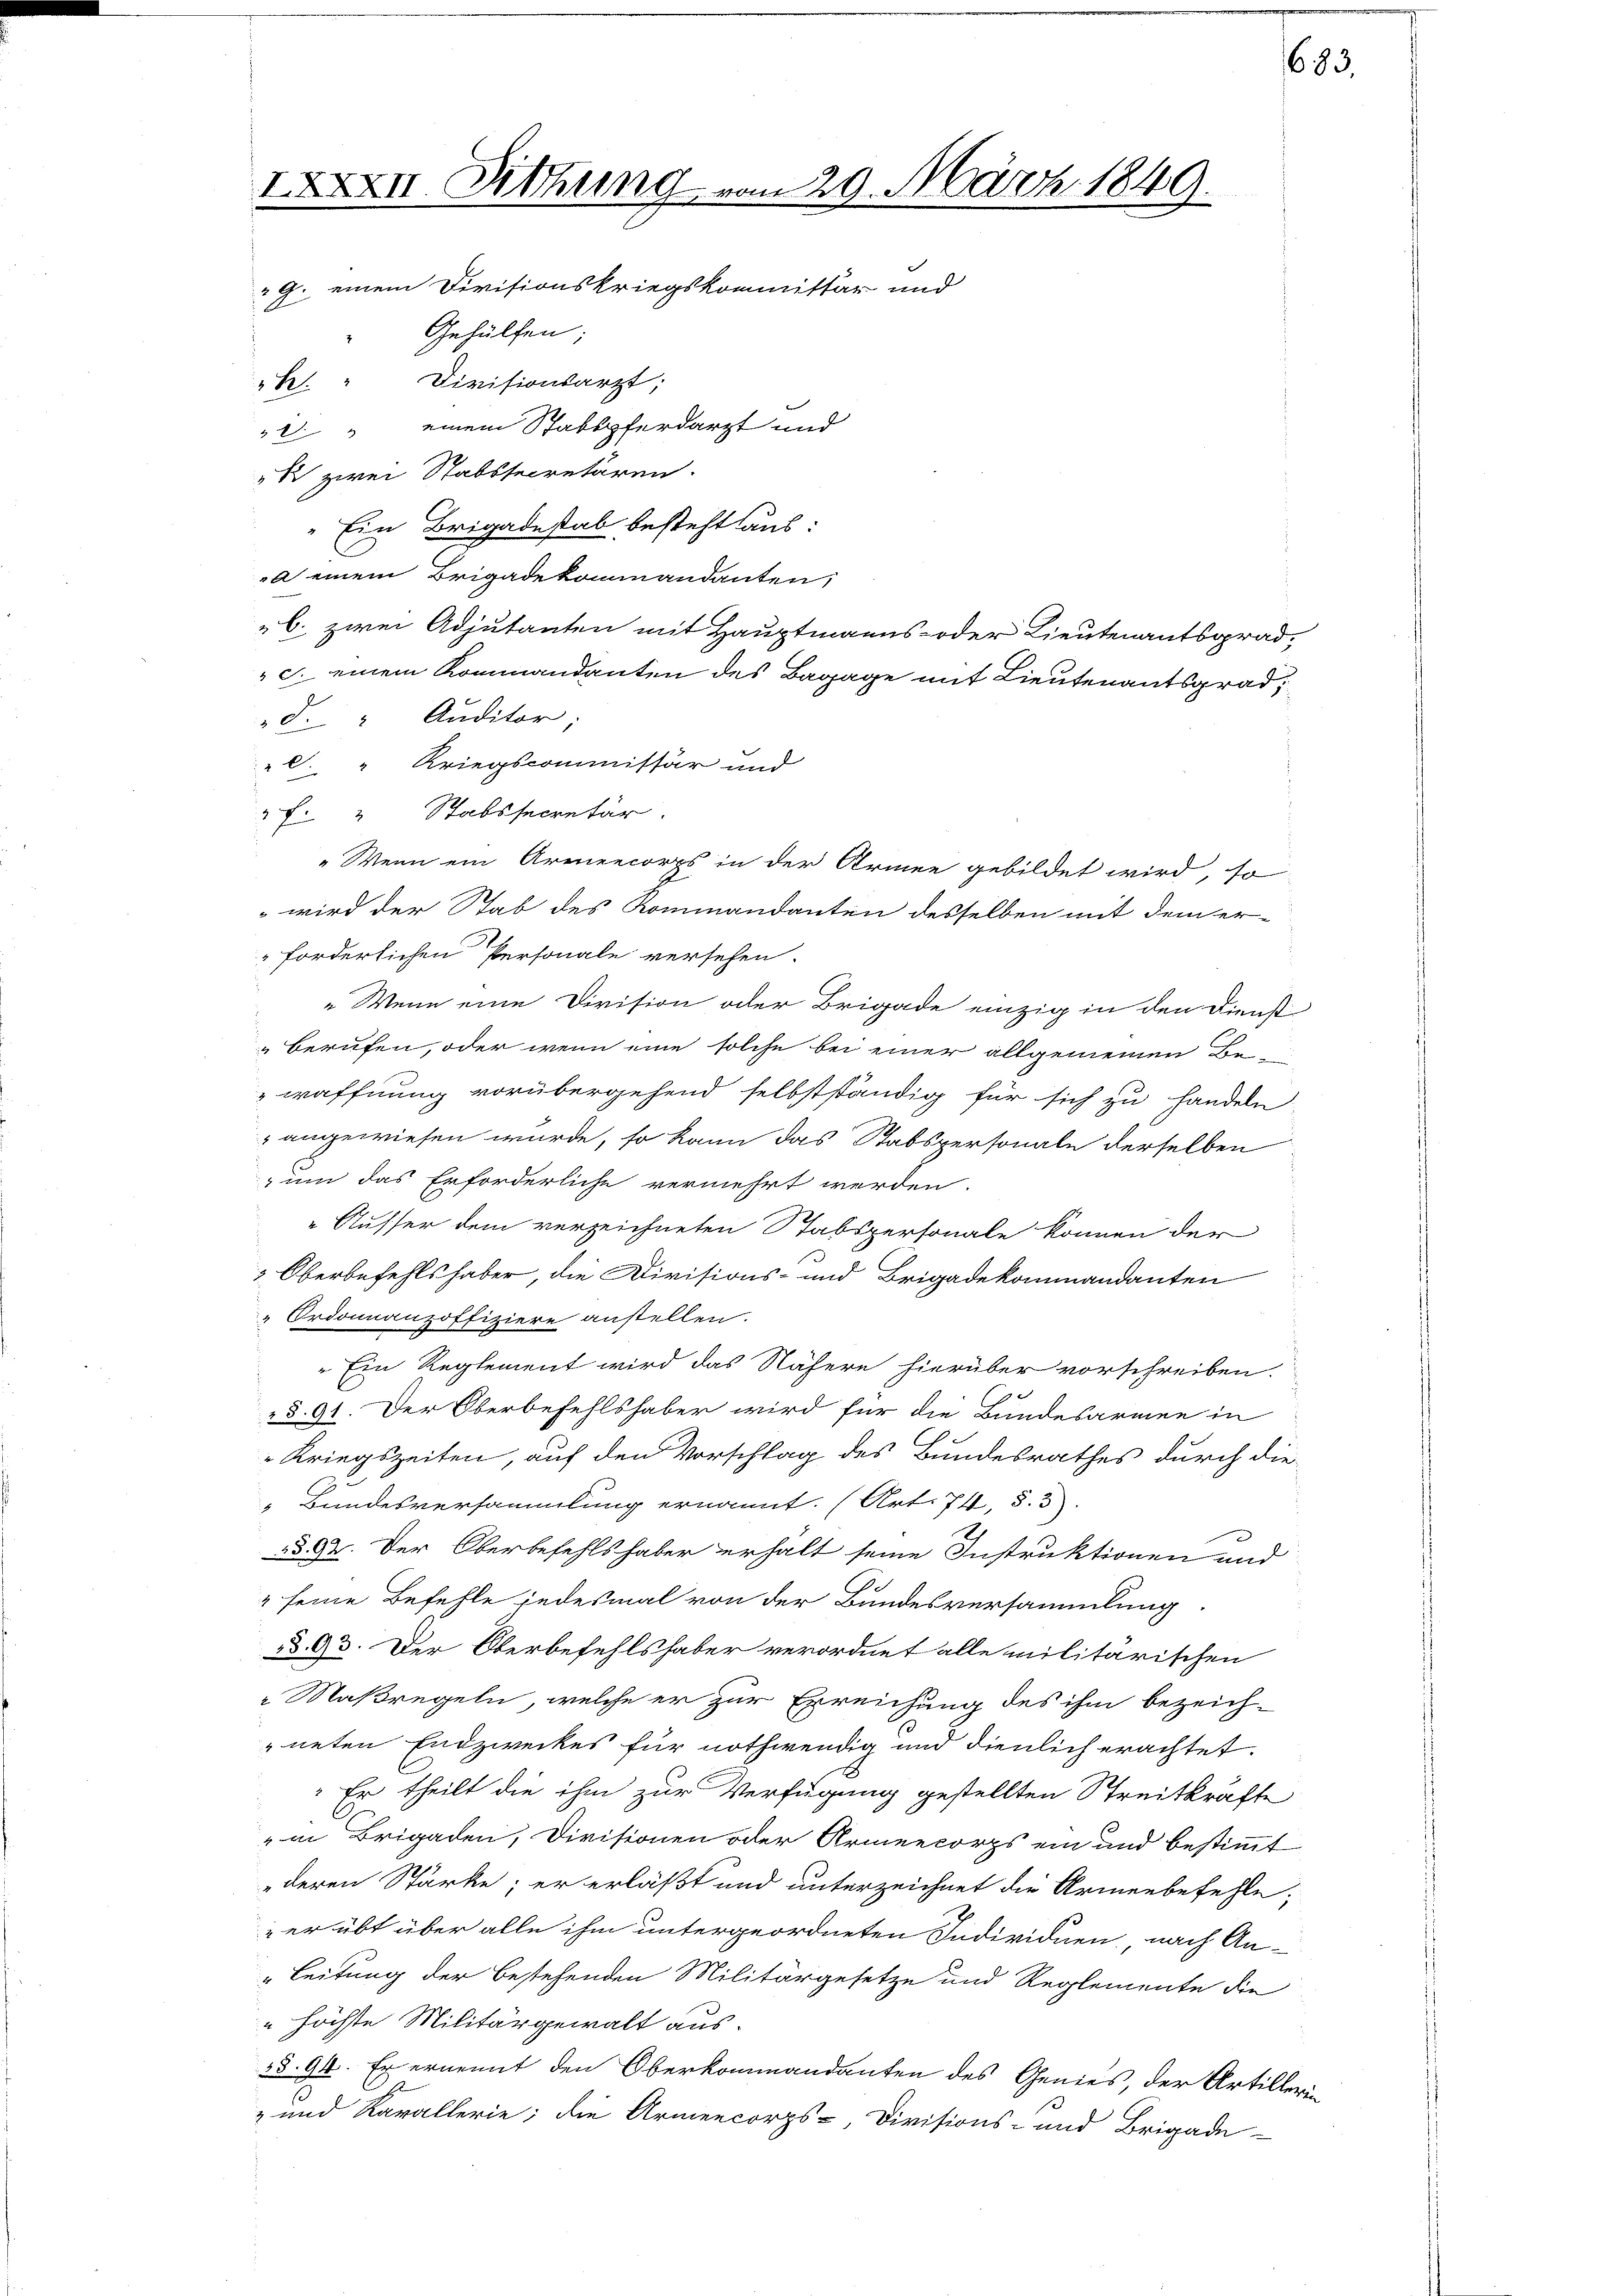
1XXXII. Mitthung vom 29. März 1849.
G. einem Divisionskriegskommissär und
"Gehülfen;
"B. " Divisionsarzt;
2 " einem Stabspferdarzt und

" zwei Stabssecretären.
" Ein Brigadestab besteht aus:
a einem Brigadekommandanten,
b. zwei Adjutanten mit Hauptmanns- oder Lieutenantsgrad,
" c. einem Kommandanten des Bagage mit Lieutenantsgrad,
d. " Auditor;
. " Kriegscommissär und
F. " Stabssecretär.
 wird der Stab des Kommandanten desselben mit dem erforderlichen Personale versehen.
" Wenn eine Division oder Brigade einzig in den Dienst-
berufen, oder wenn eine solche bei einer allgemeinen Bern
waffnung vorübergehend selbstständig für sich zu handeln
" angewiesen wurde, so kann das Stabspersonale derselben
um das Erforderliche vermehrt werden.
Ausser dem verzeichneten Stabspersonale können der
 Oberbefehlshaber, die Divisions- und Brigadekommandanten
Ordonnanzoffiziere anstellen.
" Ein Reglement wird das Nähern hierüber vorschreiben.
§ 91. Der Oberbefehlshaber wird für die Bundesarmen in
Kriegszeiten, auf den Vorschlag des Bundesrathes durch die
„Bundesversammlung ernannt. (Art. 74, §. 3).
a. D. Der Oberbefehlshaber erhalt seine Instruktionen und
 seine Befehle jedesmal von der Bundesversammlung.
§§ 93. Der Oberbefehlshaber verordnet alle militärischen
Maßregeln, welche er zur Erreichung des ihm bezeich-
neten Endzweckes für nothwendig und dienlich erachtet.
: Er theilt die ihm zur Verfügung gestellten Streitkräfte
" in Brigaden, Divisionen oder Armeekorps ein und bestimmt
deren Stärke; er erläßt und unterzeichnet die Armenbefehle,
zerübt über alle ihm untergeordneten Individuen, nach An¬
"Leitung der bestehenden Militärgesetze und Reglemente die
" höchste Militärgewalt aus¬
23. 94. Er ernennt den Oberkommandanten des Genies, der Artillerin
- und Karallerie; die Armencorps, Divisions- und Brigade-

"Wenn ein Armencorps in der Armee gebildet wird, so

683.